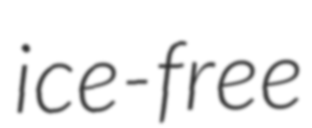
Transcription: ice-free